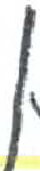
אות: ן